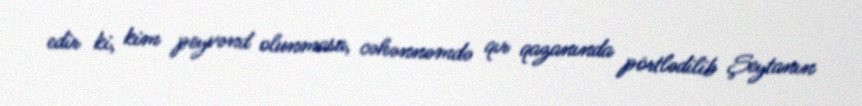
edir ki, kim peyvənd olunmasa, cəhənnəmdə qır qazanında pörtlədilib Şeytanın